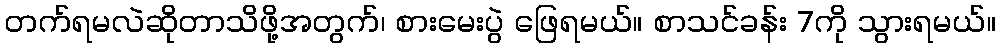
တက်ရမလဲဆိုတာသိဖို့အတွက်၊ စားမေးပွဲ ဖြေရမယ်။ စာသင်ခန်း 7ကို သွားရမယ်။